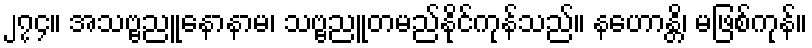
၂၇၄။ အသဗ္ဗညူနောနာမ၊ သဗ္ဗညူတမည်နိုင်ကုန်သည်။ နဟောန္တိ၊ မဖြစ်ကုန်။